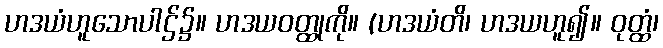
ဟဒယံဟူသောပါဌ်၌။ ဟဒယဝတ္ထုကို။ (ဟဒယံတိ၊ ဟဒယဟူ၍။ ဝုတ္ထံ၊